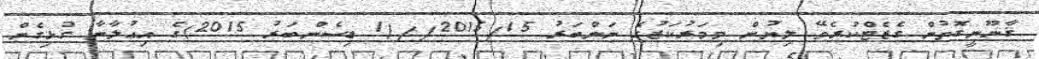
ޤާނޫނީގޮތުން ގެޒެޓްކުރެވޭ ލިޔުން މިމަރުކަޒުގެ ނަންބަރު 2015/15//(1 ޑިސެންބަރު 2015)ގެ އިޢުލާނާ ގުޅިގެން